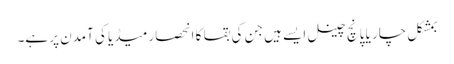
بمشکل چار یا پانچ چینل ایسے ہیں جن کی بقا کا انحصار میڈیا کی آمدن پر ہے۔